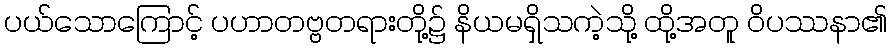
ပယ်သောကြောင့် ပဟာတဗ္ဗတရားတို့၌ နိယမရှိသကဲ့သို့ ထို့အတူ ဝိပဿနာ၏